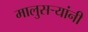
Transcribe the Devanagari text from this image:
मालुसऱ्यांनी